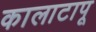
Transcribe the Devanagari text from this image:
कालाटापू